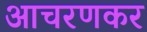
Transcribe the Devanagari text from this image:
आचरणकर